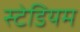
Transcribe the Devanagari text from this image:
स्‍टेडियम